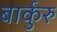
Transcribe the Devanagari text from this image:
बार्कुरु